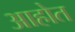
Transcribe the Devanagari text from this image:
अाहोत